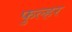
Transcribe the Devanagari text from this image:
फुल्हर